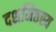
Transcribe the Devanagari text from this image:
दशमिष्ठस्य